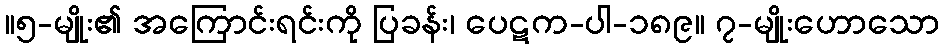
။၅-မျိုး၏ အကြောင်းရင်းကို ပြခန်း၊ ပေဋက-ပါ-၁၈၉။ ၇-မျိုးဟောသော